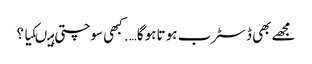
مجھے بھی ڈسٹرب ہو تاہو گا…. کبھی سوچتی ہیںکیا ؟